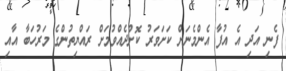
ފެނި އަދި އެ އުފާ އެންމެނަށް ކަށަވަރު ކޮށްދެއްވުމަށް ރައްޔިތުންގެ މަރުހަބާ އާއި